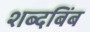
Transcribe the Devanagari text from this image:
शब्दबिंब